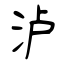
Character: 泸